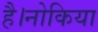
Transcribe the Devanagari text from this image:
है।नोकिया